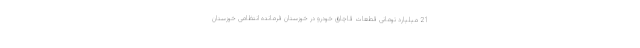
21 میلیارد تومانی قطعات قاچاق خودرو در خوزستان فرمانده انتظامی خوزستان